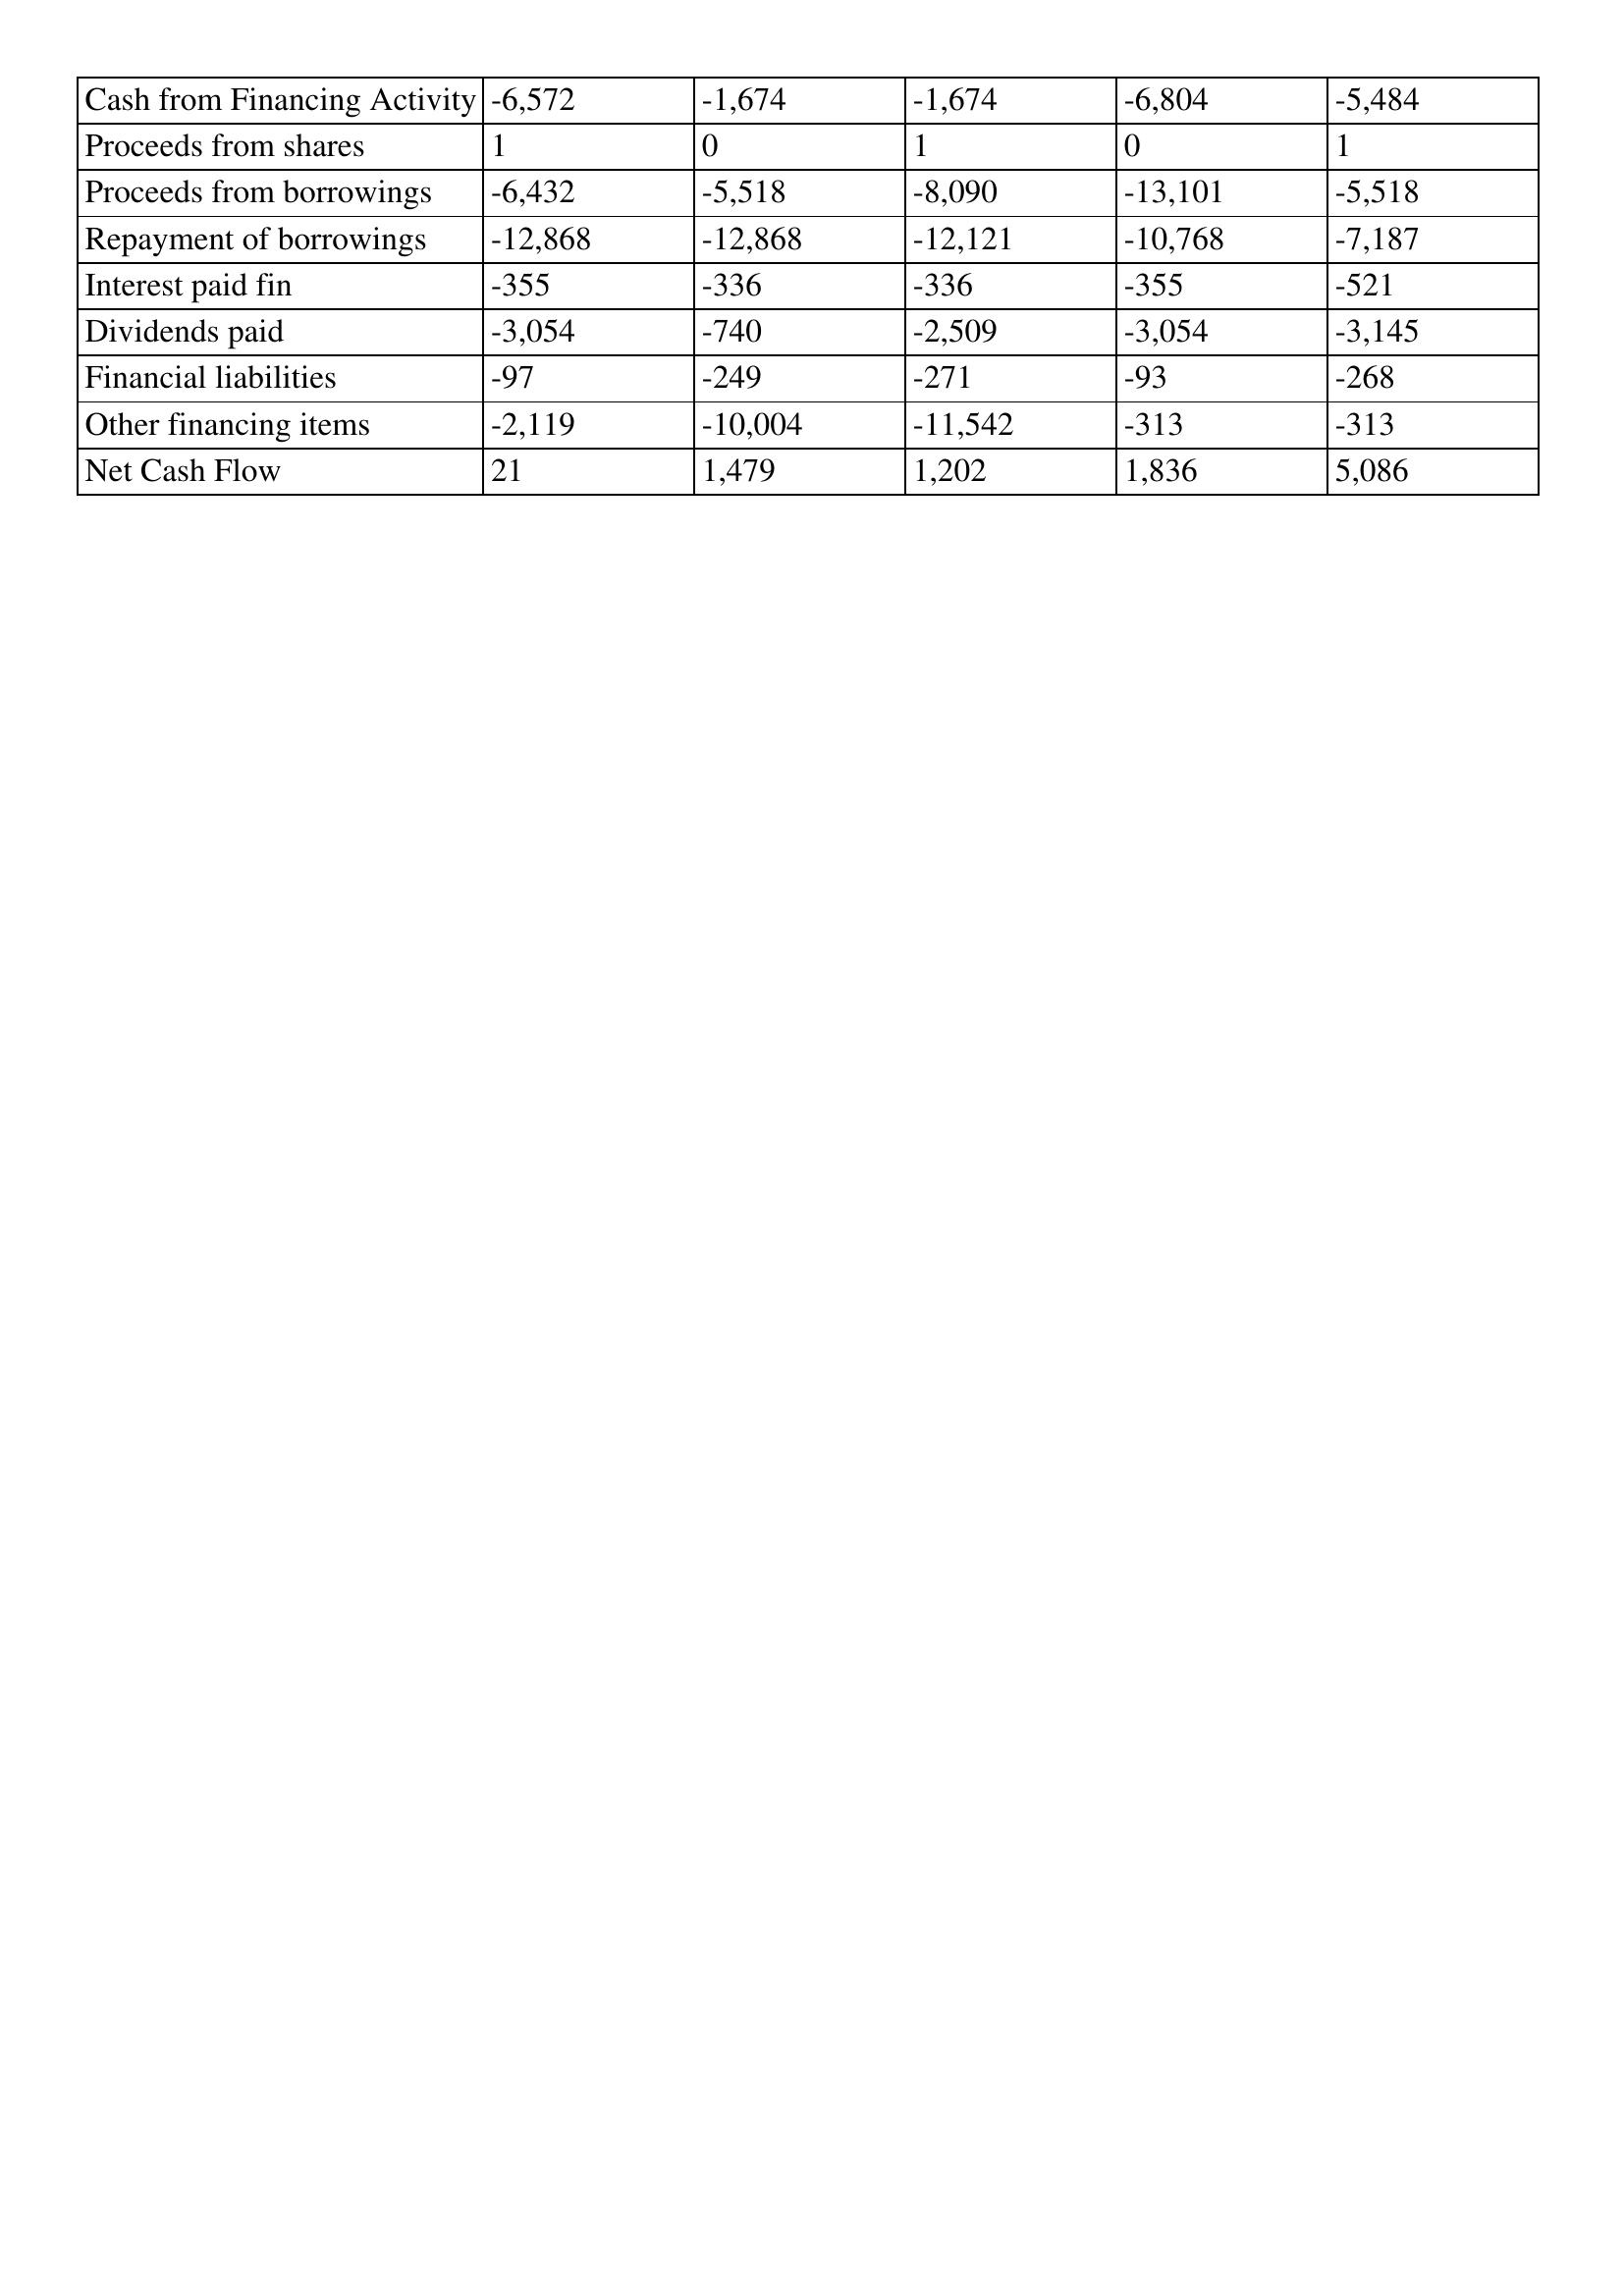
gt_parse: 1998: Cash Flows: Cash from Financing Activity: -6,572
Proceeds from shares: 1
Proceeds from borrowings: -6,432
Repayment of borrowings: -12,868
Interest paid fin: -355
Dividends paid: -3,054
Financial liabilities: -97
Other financing items: -2,119
Net Cash Flow: 21
1997: Cash Flows: Cash from Financing Activity: -1,674
Proceeds from shares: 0
Proceeds from borrowings: -5,518
Repayment of borrowings: -12,868
Interest paid fin: -336
Dividends paid: -740
Financial liabilities: -249
Other financing items: -10,004
Net Cash Flow: 1,479
1996: Cash Flows: Cash from Financing Activity: -1,674
Proceeds from shares: 1
Proceeds from borrowings: -8,090
Repayment of borrowings: -12,121
Interest paid fin: -336
Dividends paid: -2,509
Financial liabilities: -271
Other financing items: -11,542
Net Cash Flow: 1,202
1995: Cash Flows: Cash from Financing Activity: -6,804
Proceeds from shares: 0
Proceeds from borrowings: -13,101
Repayment of borrowings: -10,768
Interest paid fin: -355
Dividends paid: -3,054
Financial liabilities: -93
Other financing items: -313
Net Cash Flow: 1,836
1994: Cash Flows: Cash from Financing Activity: -5,484
Proceeds from shares: 1
Proceeds from borrowings: -5,518
Repayment of borrowings: -7,187
Interest paid fin: -521
Dividends paid: -3,145
Financial liabilities: -268
Other financing items: -313
Net Cash Flow: 5,086